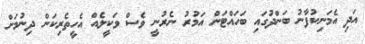
އަދި އެމަނިކުފާނު ބަންދުގައި ބަހައްޓަން އަމުރު ނެރުނީ ވެސް ވަކީލެއް އެހީތެރިކަން ދިނުމަށް